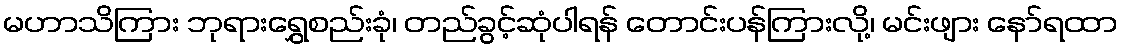
မဟာသိကြား ဘုရားရွှေစည်းခုံ၊ တည်ခွင့်ဆုံပါရန် တောင်းပန်ကြားလို့၊ မင်းဖျား နော်ရထာ